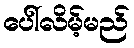
ပေါ်လိမ့်မည်